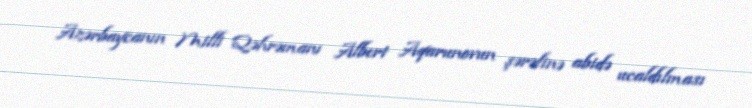
Azərbaycanın Milli Qəhrəmanı Albert Aqarunovun şərəfinə abidə ucaldılması